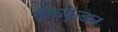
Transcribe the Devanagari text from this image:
मॅकफ़ेडन